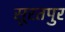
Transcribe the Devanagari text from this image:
सूरतपुर